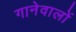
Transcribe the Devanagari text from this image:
गानेवालों